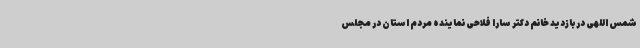
شمس اللهی در بازدید خانم دکتر سارا فلاحی نماینده مردم استان در مجلس